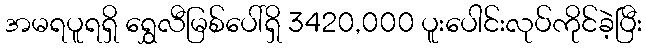
အမရပူရရှိ ရွှေလီမြစ်ပေါ်ရှိ 3420,000 ပူးပေါင်းလုပ်ကိုင်ခဲ့ပြီး